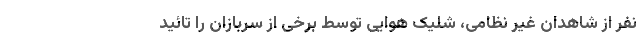
نفر از شاهدان غیر نظامی، شلیک هوایی توسط برخی از سربازان را تائید